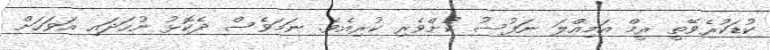
ކުޑަކުރެވޭތީ ރީމް އަމިއްލަ ނަފުސު ކުށްވެރި ކުރިއެވެ. ނަމަވެސް ދެކޮޅު ނުހަދައި އަވަހަށް